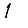
Digit: 1